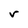
Character: r